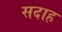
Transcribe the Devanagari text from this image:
सदाह